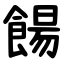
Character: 餳